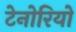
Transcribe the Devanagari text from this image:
टेनोरियो